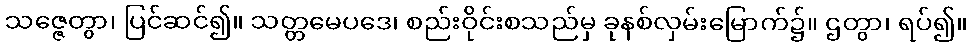
သဇ္ဇေတွာ၊ ပြင်ဆင်၍။ သတ္တမေပဒေ၊ စည်းဝိုင်းစသည်မှ ခုနစ်လှမ်းမြောက်၌။ ဌတွာ၊ ရပ်၍။